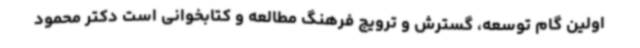
اولین گام توسعه، گسترش و ترویج فرهنگ مطالعه و کتابخوانی است دکتر محمود